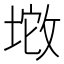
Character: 𱡚